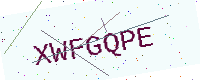
Text: XWFGQPE